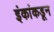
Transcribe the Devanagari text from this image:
इंकांकडून